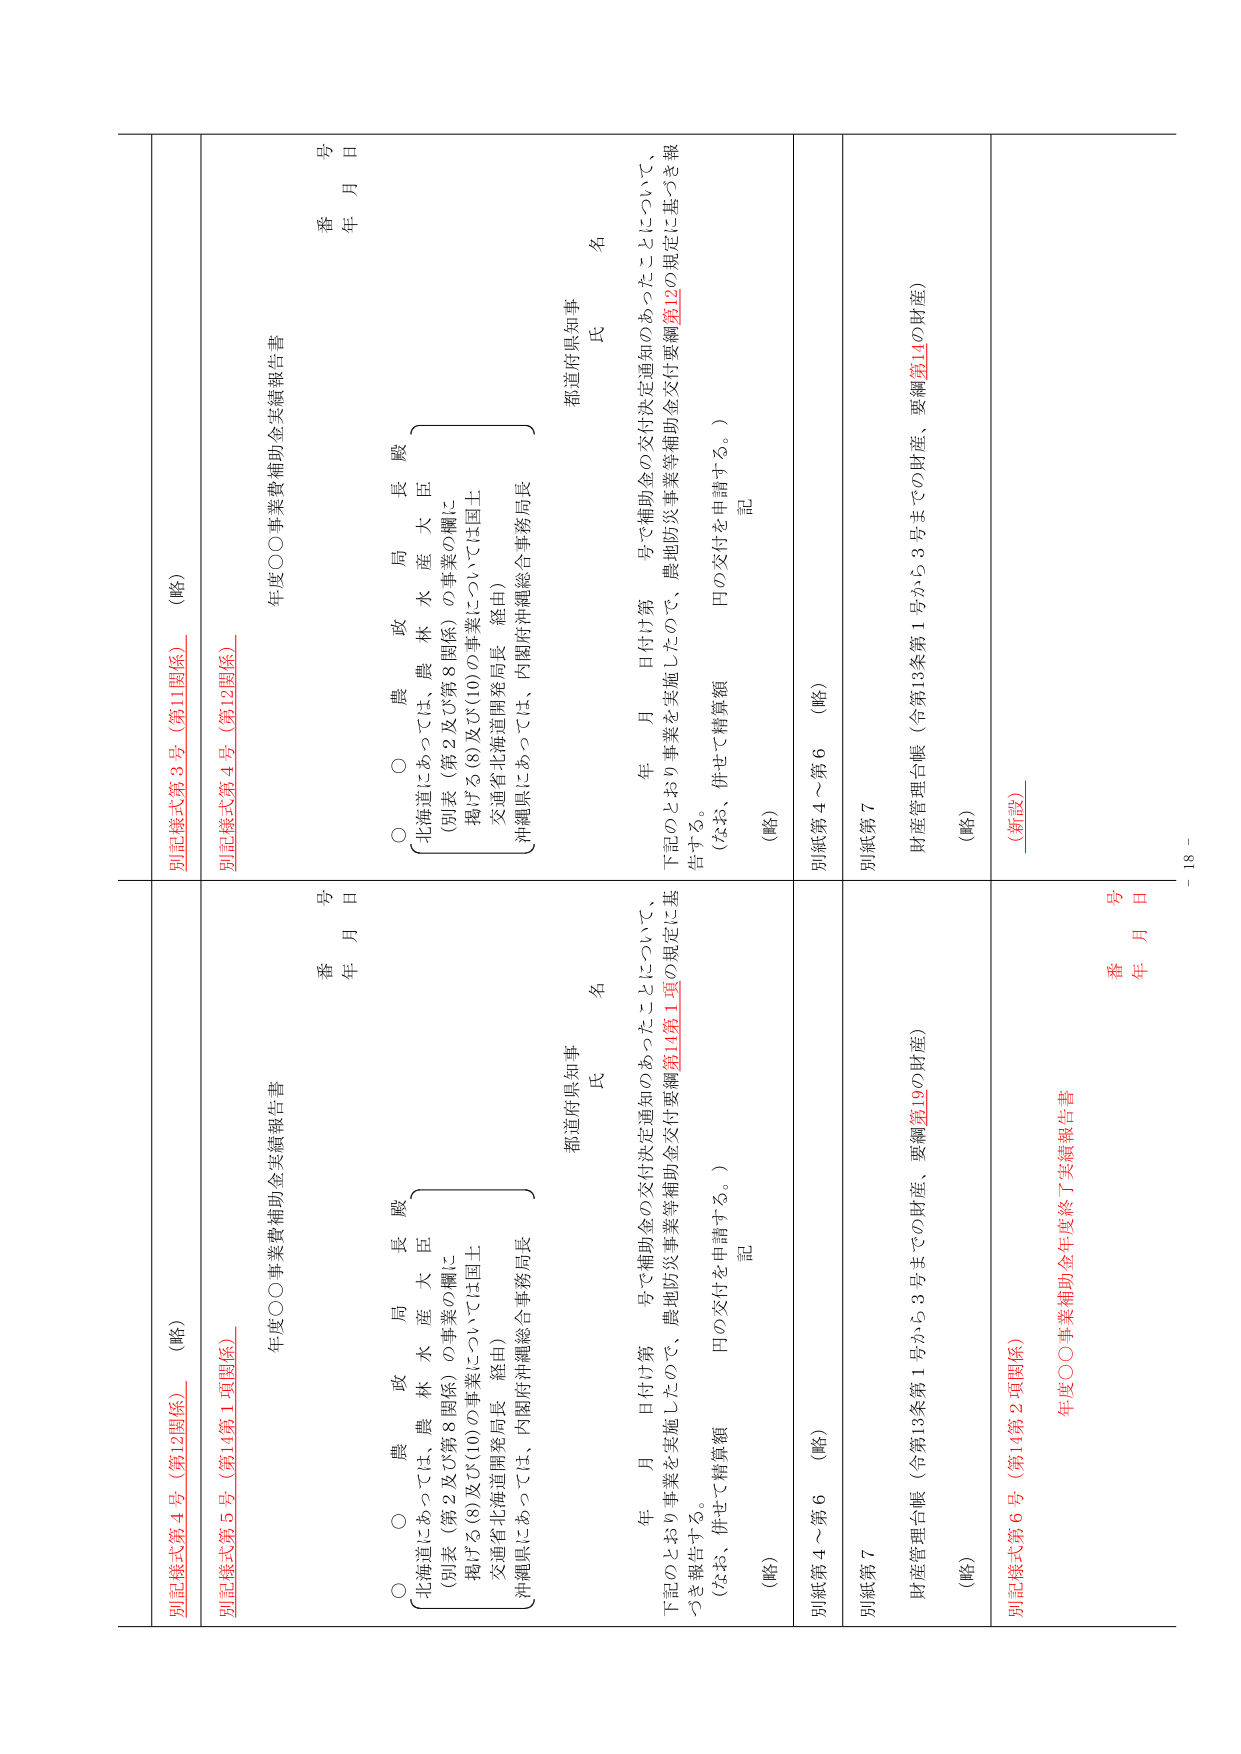
別記様式第４号（第12関係）　（略）
別記様式第３号（第11関係）　（略）
年度○○事業費補助金実績報告書
番　号
年　月　日
○　農　政　局　長　殿
〔北海道にあっては、農林水産大臣
（別表（第2及び第8関係）の事業の欄に
掲げる(8)及び(10)の事業については国土
交通省北海道開発局長　経由）
沖縄県にあっては、内閣府沖縄総合事務局長〕
都道府県知事　氏　名
年　月　日付け第　号で補助金の交付決定通知のあったことについて、
下記のとおり事業を実施したので、農地防災事業等補助金交付要綱第14第1項の規定に基づき報告する。
（なお、併せて精算額　円の交付を申請する。）
記
（略）
別紙第４～第６　（略）
別紙第７
財産管理台帳（令第13条第1号から3号までの財産、要綱第19の財産）
（略）
別記様式第６号（第14第2項関係）　（新設）
年度○○事業補助金年度終了実績報告書
番　号
年　月　日
○　農　政　局　長　殿
〔北海道にあっては、農林水産大臣
（別表（第2及び第8関係）の事業の欄に
掲げる(8)及び(10)の事業については国土
交通省北海道開発局長　経由）
沖縄県にあっては、内閣府沖縄総合事務局長〕
都道府県知事　氏　名
年　月　日付け第　号で補助金の交付決定通知のあったことについて、
下記のとおり事業を実施したので、農地防災事業等補助金交付要綱第12の規定に基づき報告する。
（なお、併せて精算額　円の交付を申請する。）
記
（略）
別紙第４～第６　（略）
別紙第７
財産管理台帳（令第13条第1号から3号までの財産、要綱第14の財産）
（略）
－ 18 －